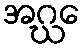
အဂ္ဃေ